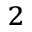
_ 2